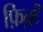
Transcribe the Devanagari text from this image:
फ़िर्क़े